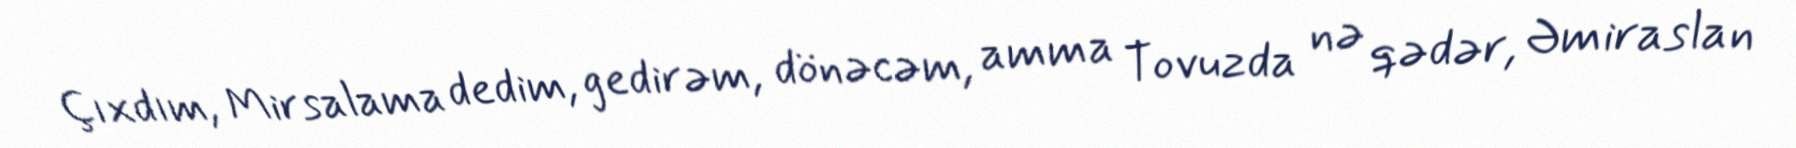
Çıxdım, Mirsalama dedim, gedirəm, dönəcəm, amma Tovuzda nə qədər, Əmiraslan